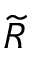
\widetilde { R }